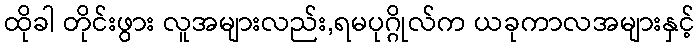
ထိုခါ တိုင်းဖွား လူအများလည်း,ရမပုဂ္ဂိုလ်က ယခုကာလအများနှင့်